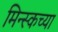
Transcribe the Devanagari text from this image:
मिन्स्कच्या